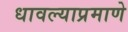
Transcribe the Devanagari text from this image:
धावल्याप्रमाणे